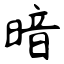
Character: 暗